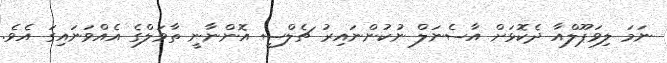
ނަމަ ލިވަޕޫލްއާ ދެކޮޅަށް އާސެނަލް ނުކުންނައިރު ޗެލްސީ އޮންނާނީ ތާވަލްގެ އެއްވަނައިގަ އެވެ.